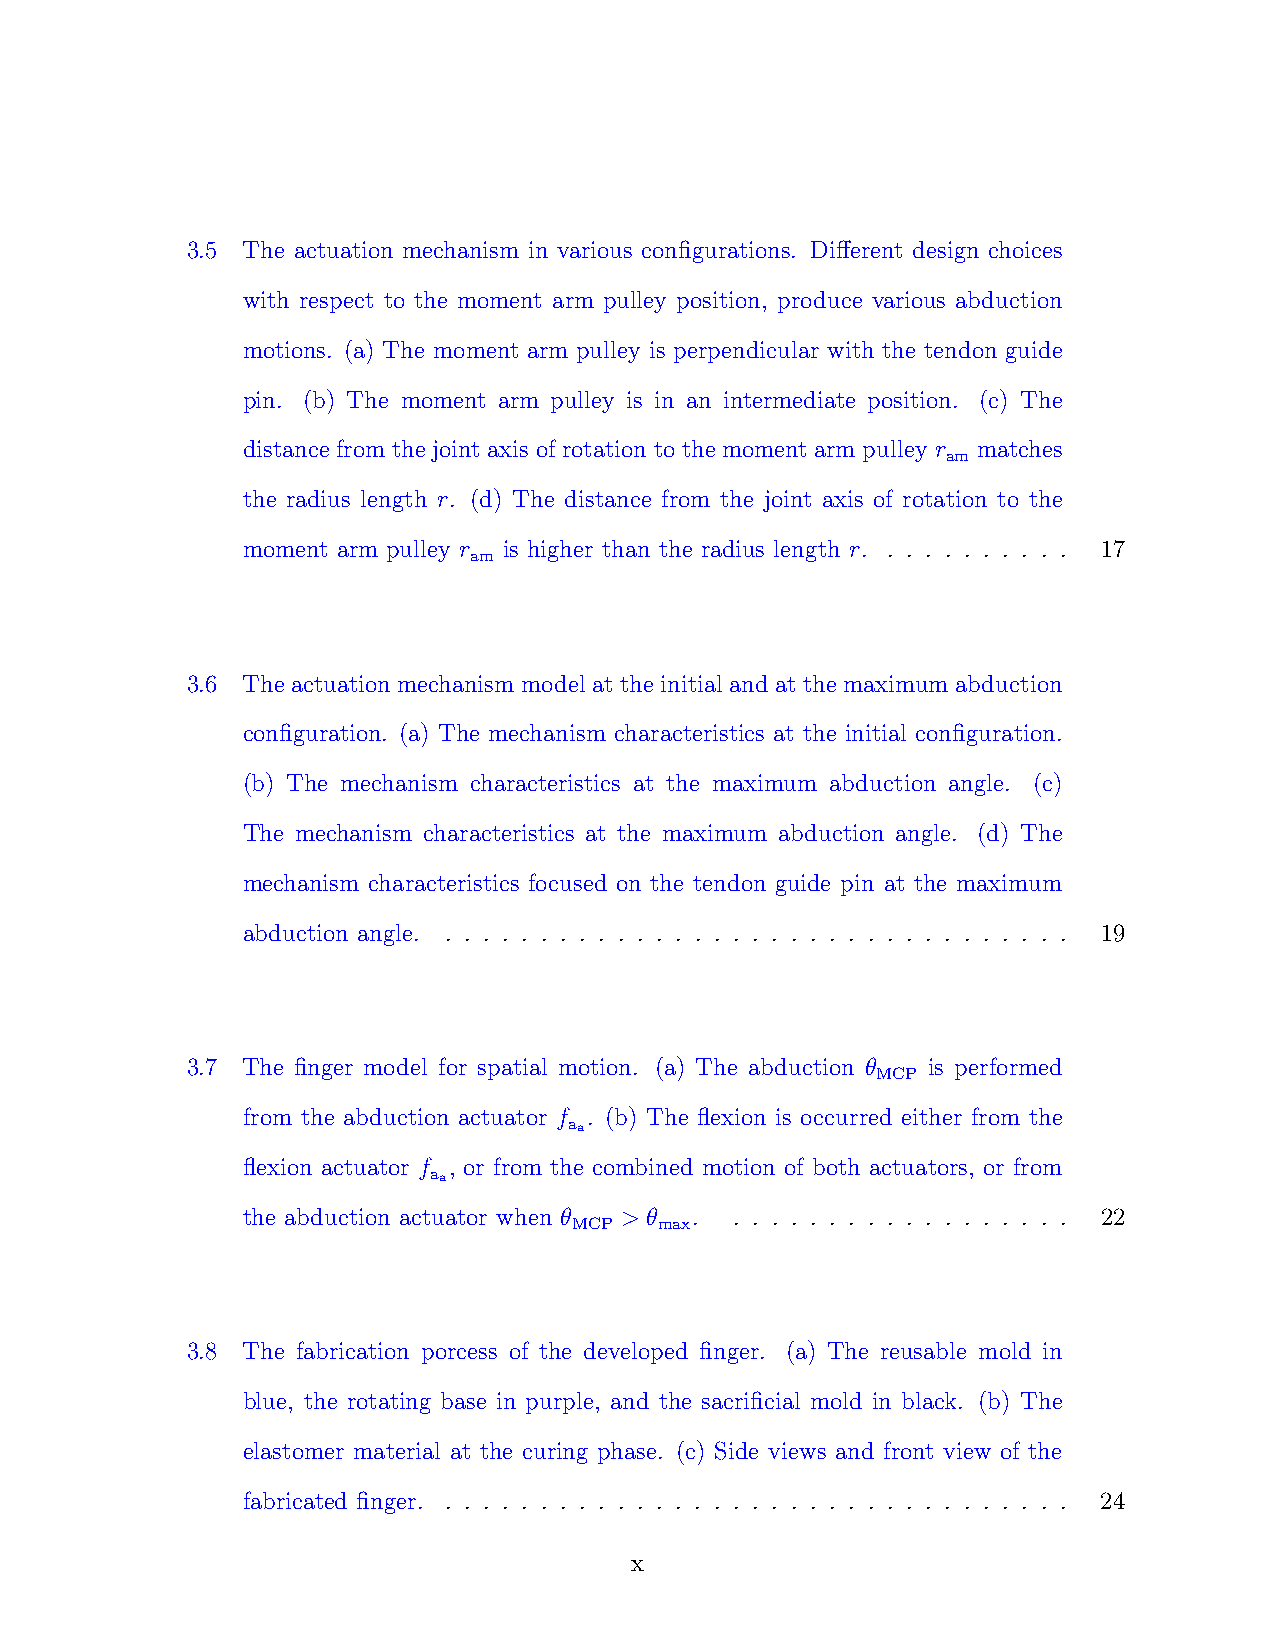
3.5 The actuation mechanism in various configurations. Different design choices
 with respect to the moment arm pulley position, produce various abduction
 motions. (a) The moment arm pulley is perpendicular with the tendon guide
 pin. (b) The moment arm pulley is in an intermediate position. (c) The
 distance from the joint axis of rotation to the moment arm pulley r matches
 am
 the radius length r. (d) The distance from the joint axis of rotation to the
 moment arm pulley r is higher than the radius length r. . . . . . . . . . . 17
 am
 3.6 The actuation mechanism model at the initial and at the maximum abduction
 configuration. (a) The mechanism characteristics at the initial configuration.
 (b) The mechanism characteristics at the maximum abduction angle. (c)
 The mechanism characteristics at the maximum abduction angle. (d) The
 mechanism characteristics focused on the tendon guide pin at the maximum
 abduction angle. . . . . . . . . . . . . . . . . . . . . . . . . . . . . . . . . . 19
 3.7 The finger model for spatial motion. (a) The abduction θ is performed
 MCP
 from the abduction actuator f . (b) The flexion is occurred either from the
 aa
 flexion actuator f , or from the combined motion of both actuators, or from
 aa
 the abduction actuator when θ > θ . . . . . . . . . . . . . . . . . . . 22
 MCP   max
 3.8 The fabrication porcess of the developed finger. (a) The reusable mold in
 blue, the rotating base in purple, and the sacrificial mold in black. (b) The
 elastomer material at the curing phase. (c) Side views and front view of the
 fabricated finger. . . . . . . . . . . . . . . . . . . . . . . . . . . . . . . . . . 24
 x